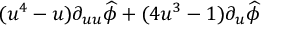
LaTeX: ( u ^ { 4 } - u ) \partial _ { u u } \widehat { \phi } + ( 4 u ^ { 3 } - 1 ) \partial _ { u } \widehat { \phi }